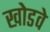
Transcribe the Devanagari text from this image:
खोडवे